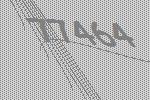
77464